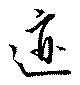
跡